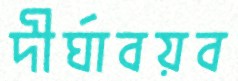
দীর্ঘাবয়ব